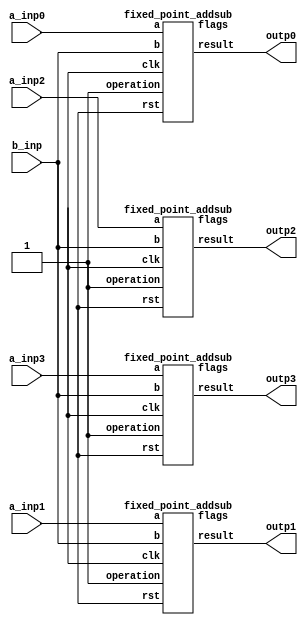
`define SIMULATION_MEMORY
//`define SIMULATION_addfp
`define VECTOR_DEPTH 64 //Q,K,V vector size
`define DATA_WIDTH 16
`define VECTOR_BITS 1024 // 16 bit each (16x64)
`define NUM_WORDS 32   //num of words in the sentence
`define BUF_AWIDTH 4 //16 entries in each buffer ram
`define BUF_LOC_SIZE 4 //4 words in each addr location
`define OUT_RAM_DEPTH 512 //512 entries in output bram
//`define EXPONENT 8
//`define MANTISSA 7
`define EXPONENT 5
`define MANTISSA 10
`define SIGN 1
`define DWIDTH (`SIGN+`EXPONENT+`MANTISSA)
`define DEFINES_DONE
`define DATAWIDTH (`SIGN+`EXPONENT+`MANTISSA)
`define IEEE_COMPLIANCE 1
`define NUM 4
`define ADDRSIZE 4

module mode6_sub(
  a_inp0,
  a_inp1,
  a_inp2,
  a_inp3,
  b_inp,
  outp0,
  outp1,
  outp2,
  outp3
);

  input  [`DATAWIDTH-1 : 0] a_inp0;
  input  [`DATAWIDTH-1 : 0] a_inp1;
  input  [`DATAWIDTH-1 : 0] a_inp2;
  input  [`DATAWIDTH-1 : 0] a_inp3;
  input  [`DATAWIDTH-1 : 0] b_inp;
  output  [`DATAWIDTH-1 : 0] outp0;
  output  [`DATAWIDTH-1 : 0] outp1;
  output  [`DATAWIDTH-1 : 0] outp2;
  output  [`DATAWIDTH-1 : 0] outp3;

  wire [4:0] flags_NC0, flags_NC1, flags_NC2, flags_NC3;
  // 0 add, 1 sub
  wire clk_NC, rst_NC;
  fixed_point_addsub sub0(.clk(clk_NC), .rst(rst_NC), .a(a_inp0),	.b(b_inp), .operation(1'b1),	.result(outp0), .flags(flags_NC0));
  fixed_point_addsub sub1(.clk(clk_NC), .rst(rst_NC), .a(a_inp1),	.b(b_inp), .operation(1'b1),	.result(outp1), .flags(flags_NC1));
  fixed_point_addsub sub2(.clk(clk_NC), .rst(rst_NC), .a(a_inp2),	.b(b_inp), .operation(1'b1),	.result(outp2), .flags(flags_NC2));
  fixed_point_addsub sub3(.clk(clk_NC), .rst(rst_NC), .a(a_inp3),	.b(b_inp), .operation(1'b1),	.result(outp3), .flags(flags_NC3));

//  DW_fp_sub #(`MANTISSA, `EXPONENT, `IEEE_COMPLIANCE) sub0(.a(a_inp0), .b(b_inp), .z(outp0), .rnd(3'b000), .status());
//  DW_fp_sub #(`MANTISSA, `EXPONENT, `IEEE_COMPLIANCE) sub1(.a(a_inp1), .b(b_inp), .z(outp1), .rnd(3'b000), .status());
//  DW_fp_sub #(`MANTISSA, `EXPONENT, `IEEE_COMPLIANCE) sub2(.a(a_inp2), .b(b_inp), .z(outp2), .rnd(3'b000), .status());
//  DW_fp_sub #(`MANTISSA, `EXPONENT, `IEEE_COMPLIANCE) sub3(.a(a_inp3), .b(b_inp), .z(outp3), .rnd(3'b000), .status());
endmodule
module fixed_point_addsub(
		clk,
		rst,
		a,
		b,
		operation,			// 0 add, 1 sub
		result,
		flags
	);
	
	// Clock and reset
	input clk ;										// Clock signal
	input rst ;										// Reset (active high, resets pipeline registers)
	
	// Input ports
  input [`DATAWIDTH-1:0] a ;								// Input A, a 32-bit floating point number
  input [`DATAWIDTH-1:0] b ;								// Input B, a 32-bit floating point number
	input operation ;								// Operation select signal
	
	// Output ports
  output reg [`DATAWIDTH-1:0] result ;						// Result of the operation
	output [4:0] flags ;							// Flags indicating exceptions according to IEEE754
	
  reg [`DATAWIDTH:0] result_t ;
  wire [`DATAWIDTH-1:0] b_t ;
	
	assign b_t = ~b + 1;
	
	always@(*) begin
      if (operation == 1'b0) begin
			result_t = a + b;
		end
		else begin
			result_t = a + b_t;
		end
	end

	
	always @ (*) begin	
		if (result_t[16] == 1'b1 && operation == 1'b0) begin
			result = 16'h7000;
		end
		else if (result_t[16] == 1'b1 && operation == 1'b1) begin
			result = 16'h8000;
		end
		else begin
			result = result_t[15:0];
		end
	end
	// Pipeline Registers
	//reg [79:0] pipe_1;							// Pipeline register PreAlign->Align1
	
	
endmodule